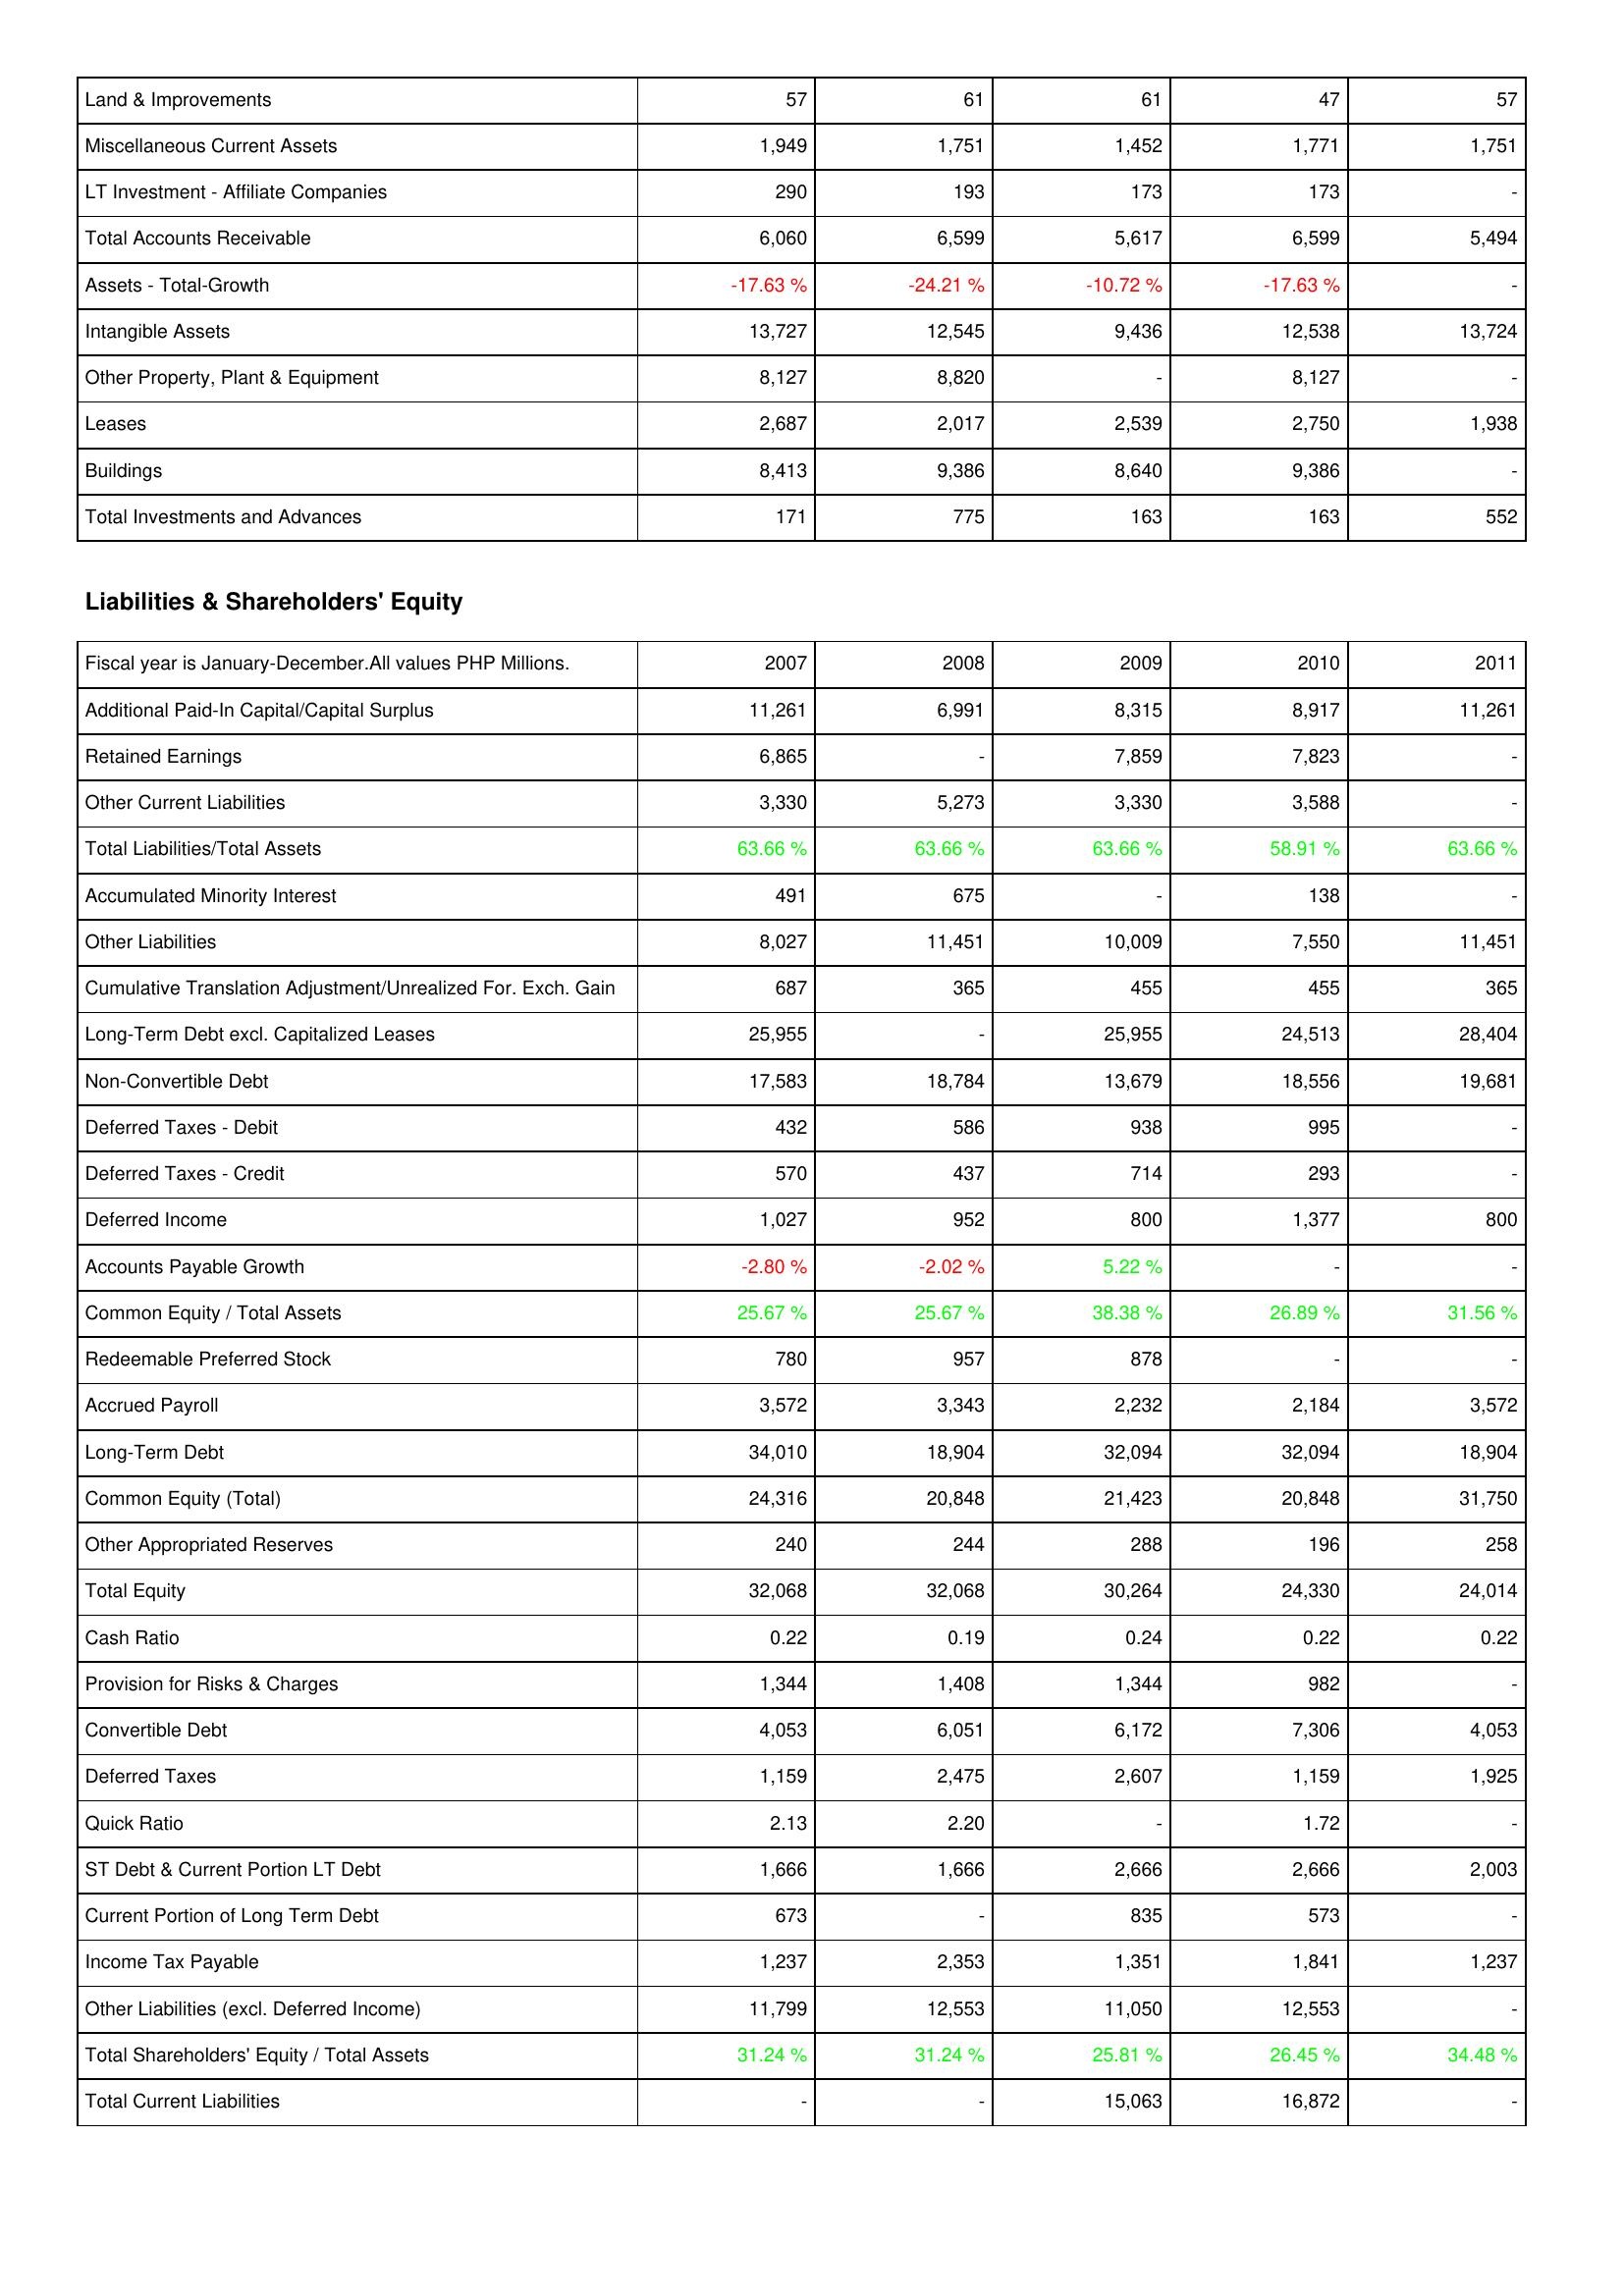
2007: Assets: Land & Improvements: 57
Miscellaneous Current Assets: 1,949
LT Investment - Affiliate Companies: 290
Total Accounts Receivable: 6,060
Assets - Total-Growth: -17.63 %
Intangible Assets: 13,727
Other Property, Plant & Equipment: 8,127
Leases: 2,687
Buildings: 8,413
Total Investments and Advances: 171
Liabilities & Shareholders' Equity: Additional Paid-In Capital/Capital Surplus: 11,261
Retained Earnings: 6,865
Other Current Liabilities: 3,330
Total Liabilities/Total Assets: 63.66 %
Accumulated Minority Interest: 491
Other Liabilities: 8,027
Cumulative Translation Adjustment/Unrealized For. Exch. Gain: 687
Long-Term Debt excl. Capitalized Leases: 25,955
Non-Convertible Debt: 17,583
Deferred Taxes - Debit: 432
Deferred Taxes - Credit: 570
Deferred Income: 1,027
Accounts Payable Growth: -2.80 %
Common Equity / Total Assets: 25.67 %
Redeemable Preferred Stock: 780
Accrued Payroll: 3,572
Long-Term Debt: 34,010
Common Equity (Total): 24,316
Other Appropriated Reserves: 240
Total Equity: 32,068
Cash Ratio: 0.22
Provision for Risks & Charges: 1,344
Convertible Debt: 4,053
Deferred Taxes: 1,159
Quick Ratio: 2.13
ST Debt & Current Portion LT Debt: 1,666
Current Portion of Long Term Debt: 673
Income Tax Payable: 1,237
Other Liabilities (excl. Deferred Income): 11,799
Total Shareholders' Equity / Total Assets: 31.24 %
Total Current Liabilities: -
2008: Assets: Land & Improvements: 61
Miscellaneous Current Assets: 1,751
LT Investment - Affiliate Companies: 193
Total Accounts Receivable: 6,599
Assets - Total-Growth: -24.21 %
Intangible Assets: 12,545
Other Property, Plant & Equipment: 8,820
Leases: 2,017
Buildings: 9,386
Total Investments and Advances: 775
Liabilities & Shareholders' Equity: Additional Paid-In Capital/Capital Surplus: 6,991
Retained Earnings: -
Other Current Liabilities: 5,273
Total Liabilities/Total Assets: 63.66 %
Accumulated Minority Interest: 675
Other Liabilities: 11,451
Cumulative Translation Adjustment/Unrealized For. Exch. Gain: 365
Long-Term Debt excl. Capitalized Leases: -
Non-Convertible Debt: 18,784
Deferred Taxes - Debit: 586
Deferred Taxes - Credit: 437
Deferred Income: 952
Accounts Payable Growth: -2.02 %
Common Equity / Total Assets: 25.67 %
Redeemable Preferred Stock: 957
Accrued Payroll: 3,343
Long-Term Debt: 18,904
Common Equity (Total): 20,848
Other Appropriated Reserves: 244
Total Equity: 32,068
Cash Ratio: 0.19
Provision for Risks & Charges: 1,408
Convertible Debt: 6,051
Deferred Taxes: 2,475
Quick Ratio: 2.20
ST Debt & Current Portion LT Debt: 1,666
Current Portion of Long Term Debt: -
Income Tax Payable: 2,353
Other Liabilities (excl. Deferred Income): 12,553
Total Shareholders' Equity / Total Assets: 31.24 %
Total Current Liabilities: -
2009: Assets: Land & Improvements: 61
Miscellaneous Current Assets: 1,452
LT Investment - Affiliate Companies: 173
Total Accounts Receivable: 5,617
Assets - Total-Growth: -10.72 %
Intangible Assets: 9,436
Other Property, Plant & Equipment: -
Leases: 2,539
Buildings: 8,640
Total Investments and Advances: 163
Liabilities & Shareholders' Equity: Additional Paid-In Capital/Capital Surplus: 8,315
Retained Earnings: 7,859
Other Current Liabilities: 3,330
Total Liabilities/Total Assets: 63.66 %
Accumulated Minority Interest: -
Other Liabilities: 10,009
Cumulative Translation Adjustment/Unrealized For. Exch. Gain: 455
Long-Term Debt excl. Capitalized Leases: 25,955
Non-Convertible Debt: 13,679
Deferred Taxes - Debit: 938
Deferred Taxes - Credit: 714
Deferred Income: 800
Accounts Payable Growth: 5.22 %
Common Equity / Total Assets: 38.38 %
Redeemable Preferred Stock: 878
Accrued Payroll: 2,232
Long-Term Debt: 32,094
Common Equity (Total): 21,423
Other Appropriated Reserves: 288
Total Equity: 30,264
Cash Ratio: 0.24
Provision for Risks & Charges: 1,344
Convertible Debt: 6,172
Deferred Taxes: 2,607
Quick Ratio: -
ST Debt & Current Portion LT Debt: 2,666
Current Portion of Long Term Debt: 835
Income Tax Payable: 1,351
Other Liabilities (excl. Deferred Income): 11,050
Total Shareholders' Equity / Total Assets: 25.81 %
Total Current Liabilities: 15,063
2010: Assets: Land & Improvements: 47
Miscellaneous Current Assets: 1,771
LT Investment - Affiliate Companies: 173
Total Accounts Receivable: 6,599
Assets - Total-Growth: -17.63 %
Intangible Assets: 12,538
Other Property, Plant & Equipment: 8,127
Leases: 2,750
Buildings: 9,386
Total Investments and Advances: 163
Liabilities & Shareholders' Equity: Additional Paid-In Capital/Capital Surplus: 8,917
Retained Earnings: 7,823
Other Current Liabilities: 3,588
Total Liabilities/Total Assets: 58.91 %
Accumulated Minority Interest: 138
Other Liabilities: 7,550
Cumulative Translation Adjustment/Unrealized For. Exch. Gain: 455
Long-Term Debt excl. Capitalized Leases: 24,513
Non-Convertible Debt: 18,556
Deferred Taxes - Debit: 995
Deferred Taxes - Credit: 293
Deferred Income: 1,377
Accounts Payable Growth: -
Common Equity / Total Assets: 26.89 %
Redeemable Preferred Stock: -
Accrued Payroll: 2,184
Long-Term Debt: 32,094
Common Equity (Total): 20,848
Other Appropriated Reserves: 196
Total Equity: 24,330
Cash Ratio: 0.22
Provision for Risks & Charges: 982
Convertible Debt: 7,306
Deferred Taxes: 1,159
Quick Ratio: 1.72
ST Debt & Current Portion LT Debt: 2,666
Current Portion of Long Term Debt: 573
Income Tax Payable: 1,841
Other Liabilities (excl. Deferred Income): 12,553
Total Shareholders' Equity / Total Assets: 26.45 %
Total Current Liabilities: 16,872
2011: Assets: Land & Improvements: 57
Miscellaneous Current Assets: 1,751
LT Investment - Affiliate Companies: -
Total Accounts Receivable: 5,494
Assets - Total-Growth: -
Intangible Assets: 13,724
Other Property, Plant & Equipment: -
Leases: 1,938
Buildings: -
Total Investments and Advances: 552
Liabilities & Shareholders' Equity: Additional Paid-In Capital/Capital Surplus: 11,261
Retained Earnings: -
Other Current Liabilities: -
Total Liabilities/Total Assets: 63.66 %
Accumulated Minority Interest: -
Other Liabilities: 11,451
Cumulative Translation Adjustment/Unrealized For. Exch. Gain: 365
Long-Term Debt excl. Capitalized Leases: 28,404
Non-Convertible Debt: 19,681
Deferred Taxes - Debit: -
Deferred Taxes - Credit: -
Deferred Income: 800
Accounts Payable Growth: -
Common Equity / Total Assets: 31.56 %
Redeemable Preferred Stock: -
Accrued Payroll: 3,572
Long-Term Debt: 18,904
Common Equity (Total): 31,750
Other Appropriated Reserves: 258
Total Equity: 24,014
Cash Ratio: 0.22
Provision for Risks & Charges: -
Convertible Debt: 4,053
Deferred Taxes: 1,925
Quick Ratio: -
ST Debt & Current Portion LT Debt: 2,003
Current Portion of Long Term Debt: -
Income Tax Payable: 1,237
Other Liabilities (excl. Deferred Income): -
Total Shareholders' Equity / Total Assets: 34.48 %
Total Current Liabilities: -